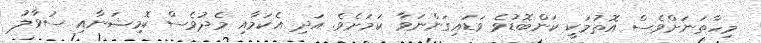
މިހާތަަނަށްވެސް އޮތުމަކީ ކަންބޮޑުވެ ވަޑައިގަންނަވާ ކަމަށެވެ. އަދި އެކަމާއި މެދުވެސް ކޮމިޝަނާއި ސުވާލު